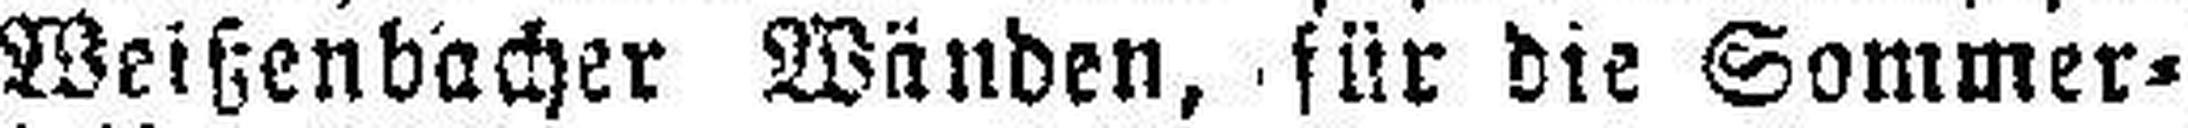
Weißenbacher Wänden, für die Sommer¬